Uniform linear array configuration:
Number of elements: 32
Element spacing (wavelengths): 1
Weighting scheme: hann
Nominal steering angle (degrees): -30
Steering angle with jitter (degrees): -30.988
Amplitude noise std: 0.05
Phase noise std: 0.05

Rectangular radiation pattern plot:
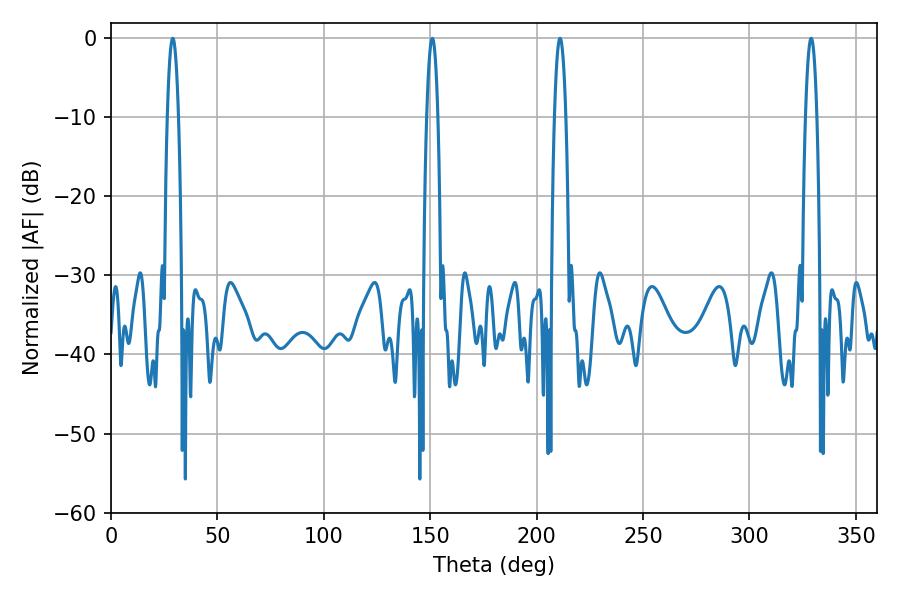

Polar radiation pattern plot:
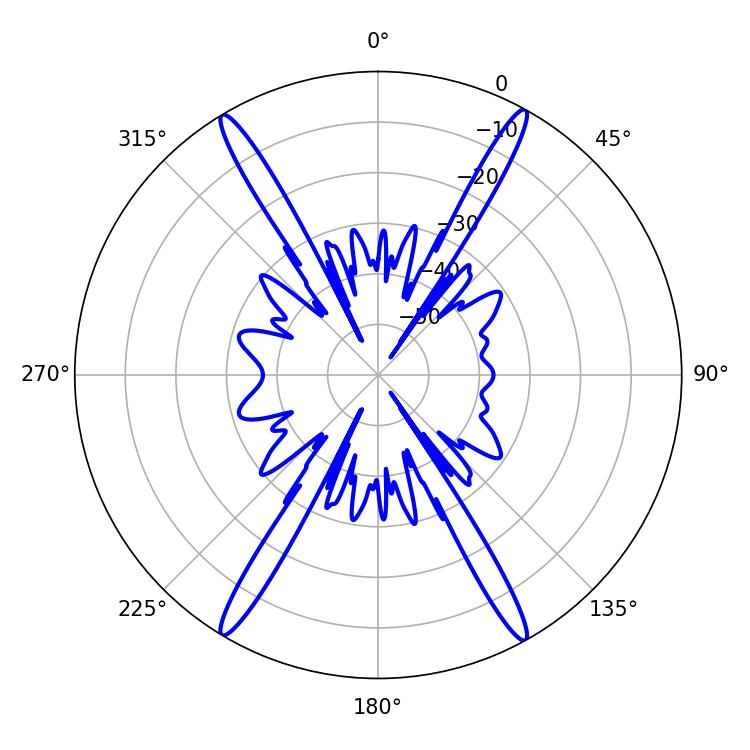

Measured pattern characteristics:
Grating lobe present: TRUE
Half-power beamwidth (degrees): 2.88
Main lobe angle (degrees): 210.96